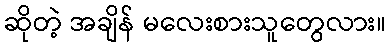
ဆိုတဲ့ အချိန် မလေးစားသူတွေလား။